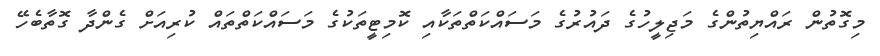
މިގޮތުން ރައްޔިތުންގެ މަޖިލީހުގެ ދައުރުގެ މަސައްކަތްތަކާއި ކޮމިޓީތަކުގެ މަސައްކަތްތައް ކުރިއަށް ގެންދާ ގޮތާބެހޭ